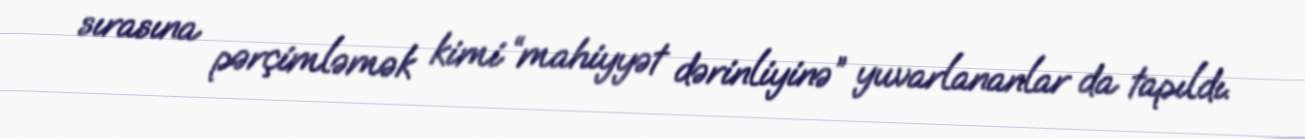
sırasına pərçimləmək kimi “mahiyyət dərinliyinə” yuvarlananlar da tapıldı.